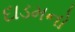
દાડમનો